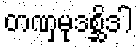
တဏှမုဒစ္ဆိဒါ